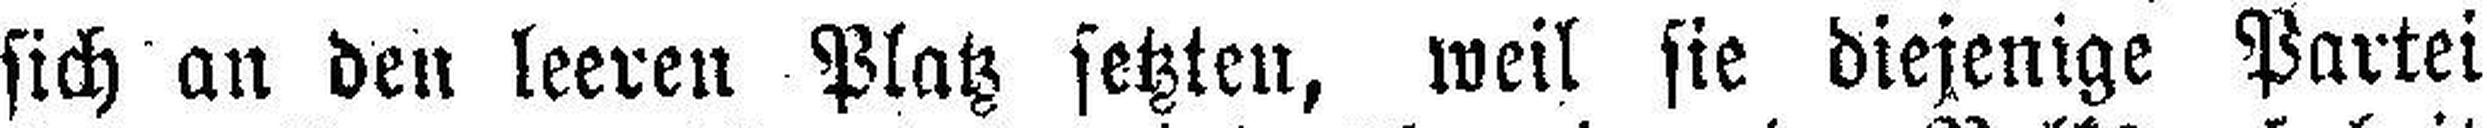
sich an den leeren Platz setzten, weil sie diejenige Partei